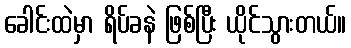
ခေါင်းထဲမှာ ရိပ်ခနဲ ဖြစ်ပြီး ယိုင်သွားတယ်။